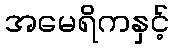
အမေရိကနှင့်